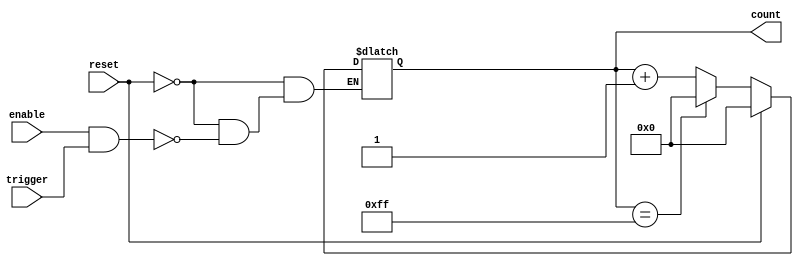
module dynamic_asynchronous_counter #(
    parameter N = 8  // Maximum count value (e.g., 2^N - 1)
)(
    input wire reset,   // Asynchronous reset input
    input wire enable,  // Enable input for counting
    input wire trigger, // External trigger input for counting
    output reg [N-1:0] count // Current count value
);

// Asynchronous reset and counting logic
always @(*) begin
    if (reset) begin
        count = 0; // Reset the counter to 0
    end else if (enable && trigger) begin
        // Increment the counter and wrap around
        if (count == (1 << N) - 1) begin
            count = 0; // Wrap around if maximum count is reached
        end else begin
            count = count + 1; // Increment the counter
        end
    end
end

endmodule